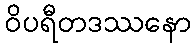
ဝိပရီတဒဿနော